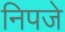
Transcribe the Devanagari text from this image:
निपजे